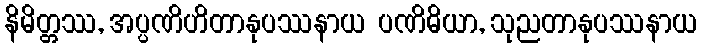
နိမိတ္တဿ, အပ္ပဏိဟိတာနုပဿနာယ ပဏိဓိယာ, သုညတာနုပဿနာယ